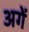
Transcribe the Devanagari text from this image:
अगें